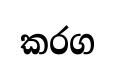
කරග